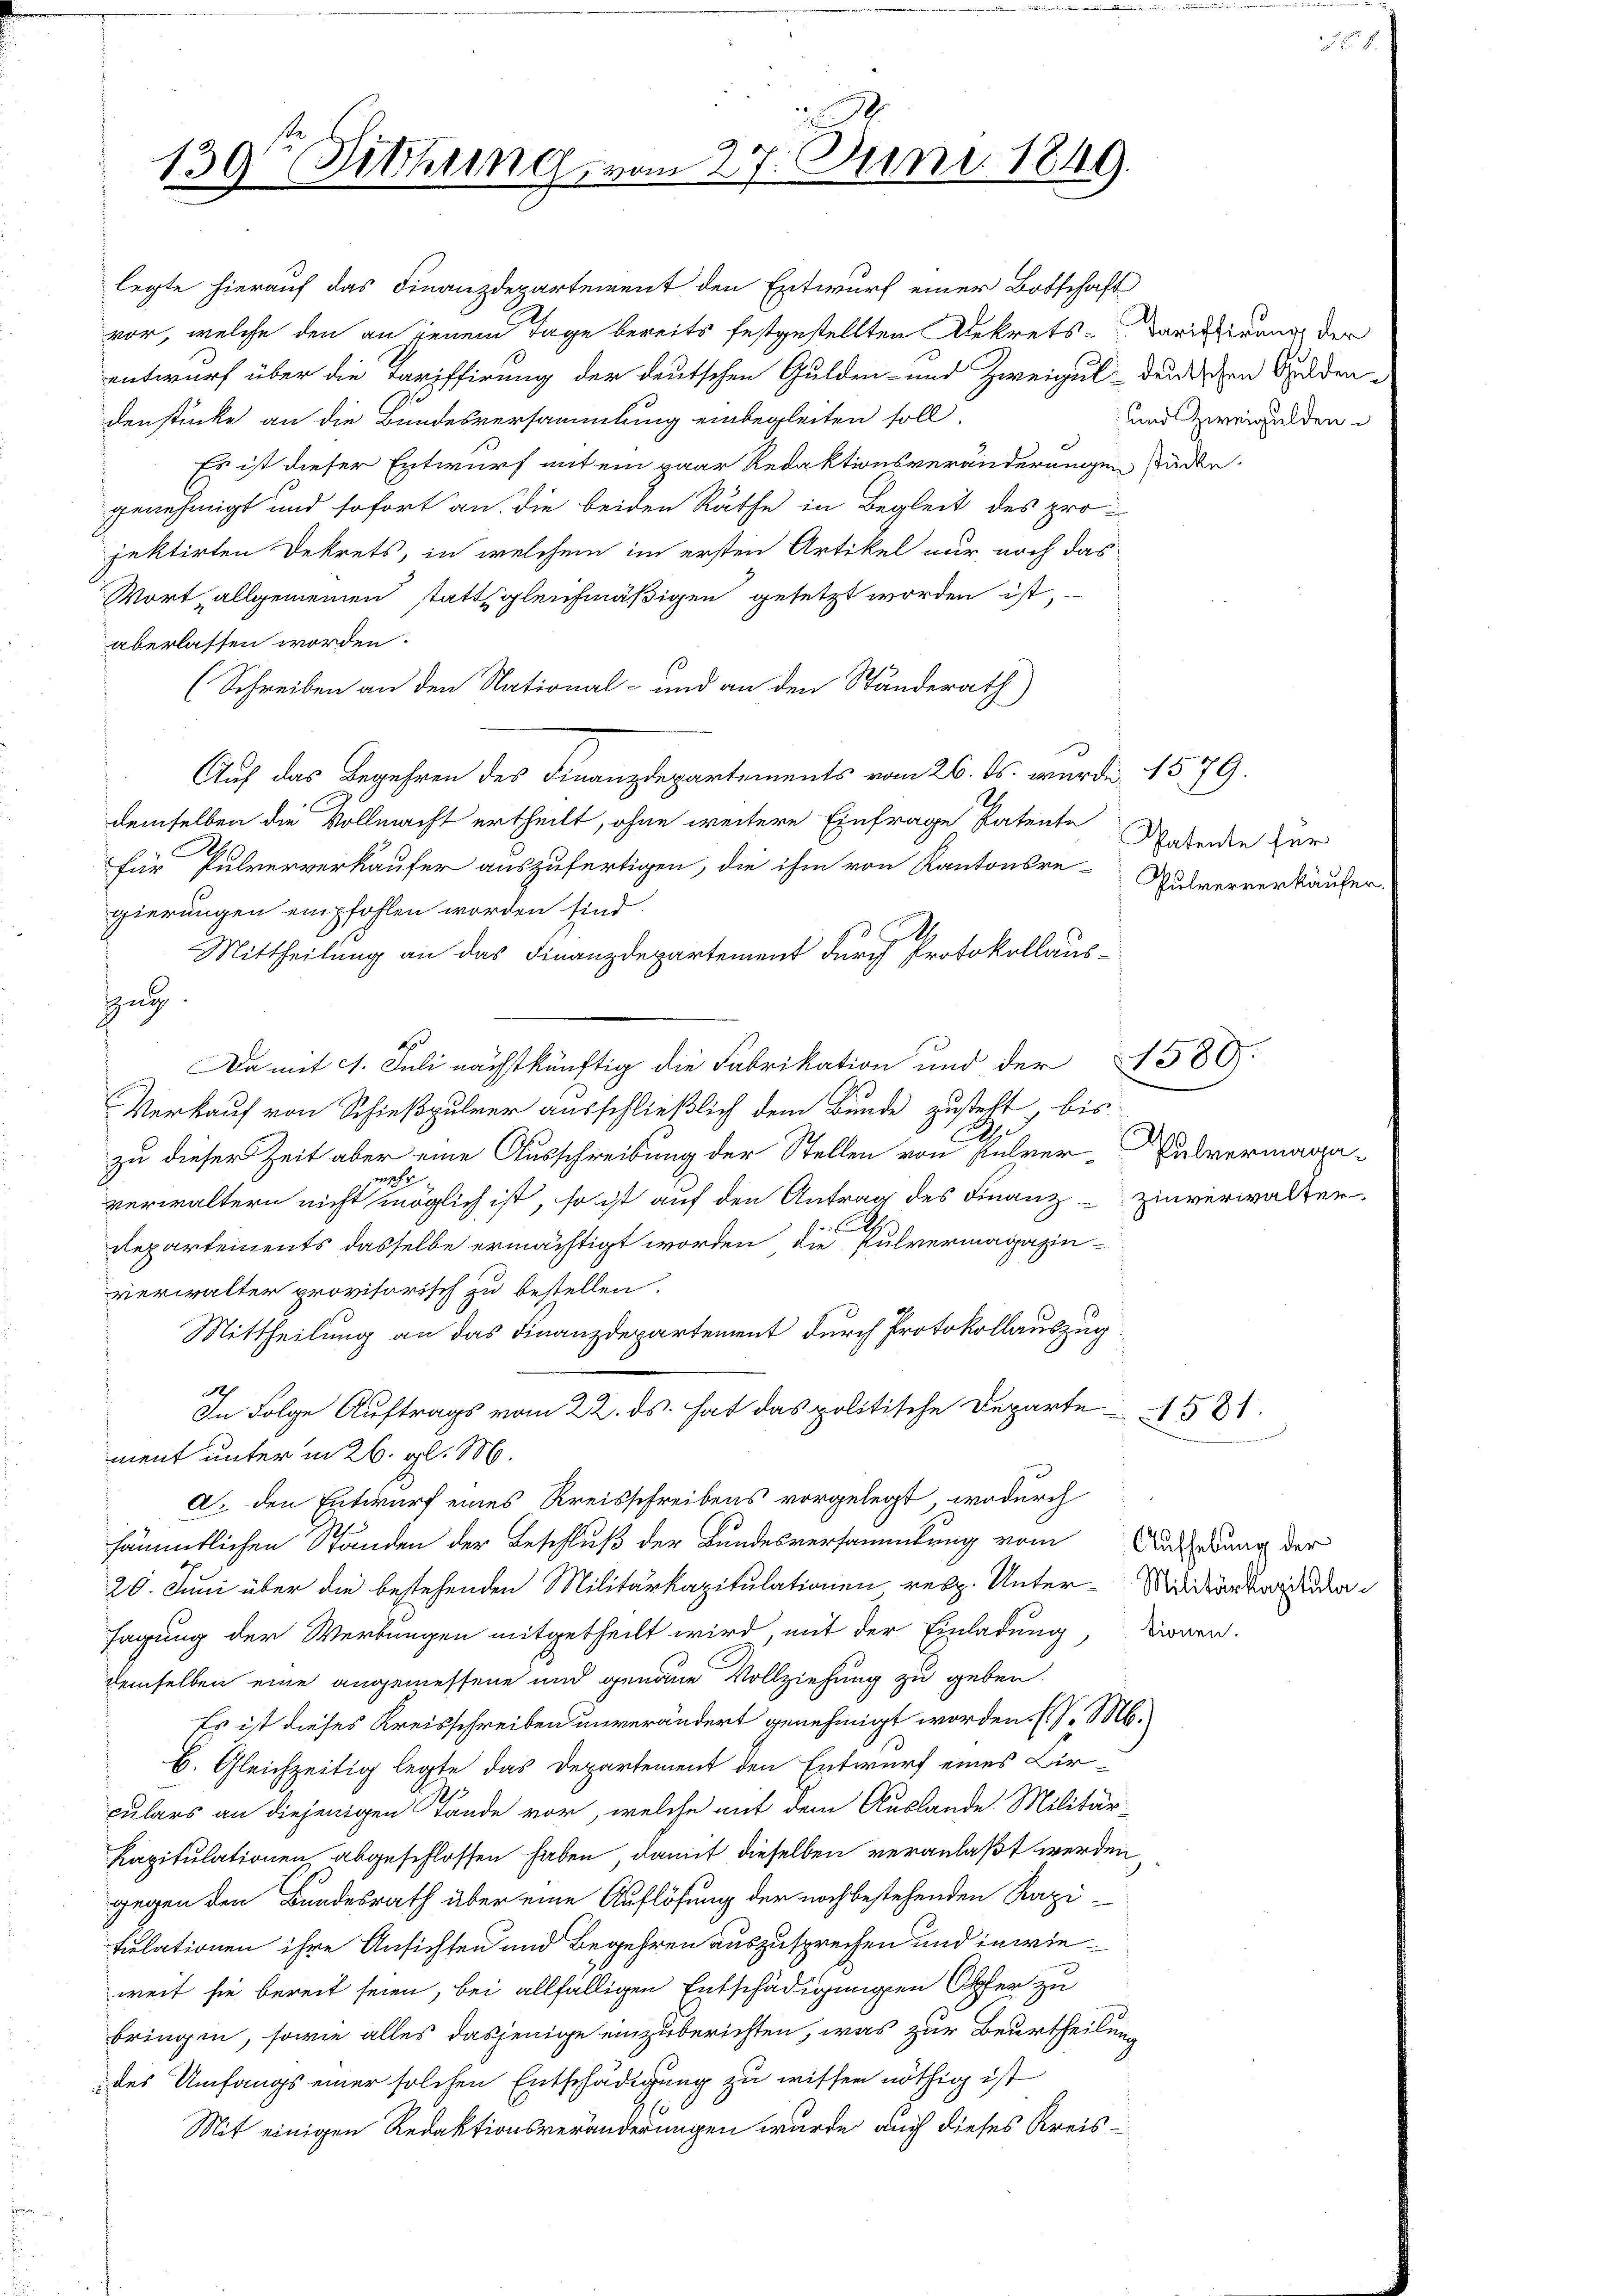
130te Sitzung, von

n 27. Juni 1849.

legte hierauf das Finanzdepartement den Entwurf einer Botschaft

vor, welche den an jenem Tage bereits festgestellten Dekrets-Kariklirung der
entwurf über die Tariffirung der deutschen Gulden- und Zweigul-deutschen Guldendenstücke an die Bundesversammlung einbegleiten soll,
Es ist dieser Entwurf mit ein paar Redaktionsveränderungen sinden.
genehmigt und sofort an die beiden Rathe in Begleit des projektirten Dekrets, in welchem im ersten Artikel nur noch das
Wort, allgemeinen statt gleichmäßigen gesetzt worden ist,
aberlassen worden.
(Schreiben an den National- und an den Ständerath
Auf das Begehren des Finanzdepartements vom 26. ds. wurde 1579.
demselben die Vollmacht ertheilt, ohne weitere Einfrage Patente Walende zur
für Pulververkaufer auszufertigen, die ihm von Kantonsre-Gulververkäufer
gierungen empfohlen worden sind.
Mittheilung an das Finanzdepartement durch Protokollauszug
Da mit 4. Juli nächstkünftig die Fabrikation und der 589.
Verkauf von Schießpulver ausschließlich dem Bunde zusteht, bis
A
zu dieser Zeit aber eine Ausschreibung der Stellen von Pulver- Pulvermaga-
mschr
verwaltern nicht möglich ist, so ist auf den Antrag des Finanz-Zinverwalter

Departements dasselbe ermächtigt worden, die Pulvermagazin-
verwalter provisorisch zu bestellen.
Mittheilung an das Finanzdepartement durch Protokollauszug
Seh
In Folge Auftrags vom 22. ds. hat das politische Departe 1581.
ment unter in 26. gl. M.
A. den Entwurf eines Kreisschreibens vorgelegt, wodurch
sämmtlichen Ständen der Beschluß der Bundesversammlung vom Aufendung der
20. Juni über die bestehenden Militärkapitulationen resp. Unter-Midankende
sagung der Werbungen mitgetheilt wird, mit der Einladung, zionen.
demselben eine angemessene und genaue Vollziehung zu geben.
Es ist dieses Kreisschreiben unverändert genehmigt worden. (l. M.
b. Gleichzeitig legte das Departement den Entwurf eines Birculars an diejenigen Lande vor, welche mit dem Auslande Militär-
Kapitulationen, abgeschlossen haben, damit dieselben veranlaßt werden,
gegen den Bundesrath über eine Auflösung der noch bestehenden Razi-
Puelationen ihre Ansichten und Begehren auszusprechen und in wieweit sie bereit seien, bei allfälligen Entschädigungen Opfer zu
bringen, sowie alles dasjenige einzuberichten, was zur Beurtheilung
des Umfangs einer solchen Entschädigung zu wissen nöthig ist
Mit einigen Redaktionsveränderungen wurde auch dieses Kreis¬

und Zweigulden.

8